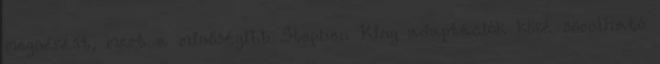
megnézést, mert a minőségibb Stephen King adaptációk közé sorolható